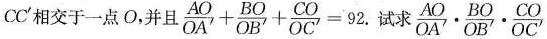
CC^{\prime}相交于一点O，并且 $$\frac{AO}{OA^{\prime}}+ \frac{BO}{OB^{ \prime }}+ \frac{CO}{OC^{ \prime }}=92.$$ 试求 $$\frac{AO}{OA^{ \prime }} \cdot \frac{BO}{OB^{ \prime }} \cdot \frac{CO}{OC^{ \prime }}$$